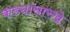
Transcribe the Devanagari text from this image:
कड्यांसारखे